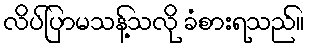
လိပ်ပြာမသန့်သလို ခံစားရသည်။